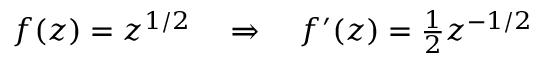
f ( z ) = z ^ { 1 / 2 } \quad \Rightarrow \quad f ^ { \prime } ( z ) = { \textstyle { \frac { 1 } { 2 } } } z ^ { - 1 / 2 }